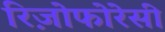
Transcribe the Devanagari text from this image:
रिज़ोफोरेसी